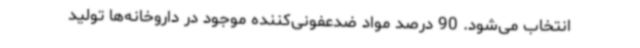
انتخاب می‌شود. 90 درصد مواد ضدعفونی‌کننده موجود در داروخانه‌ها تولید